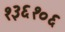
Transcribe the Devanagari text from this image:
१३६१०६